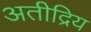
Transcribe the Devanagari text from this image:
अतीद्रिय